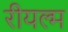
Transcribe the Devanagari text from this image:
रीयल्म